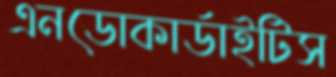
এনডোকার্ডাইটিস